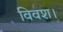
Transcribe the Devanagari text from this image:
विवश।